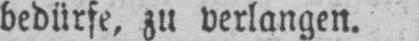
bedürfe, zu verlangen.